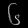
Digit: ၆